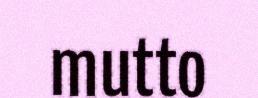
mutto